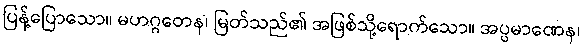
ပြန့်ပြောသော။ မဟဂ္ဂတေန၊ မြတ်သည်၏ အဖြစ်သို့ရောက်သော။ အပ္ပမာဏေန၊